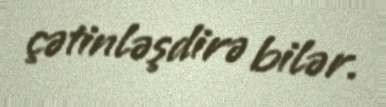
çətinləşdirə bilər.